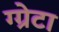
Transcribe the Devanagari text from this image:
ग्ग्रेटा